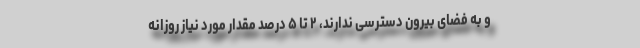
و به فضای بیرون دسترسی ندارند، ۲ تا ۵ درصد مقدار مورد نیاز روزانه